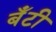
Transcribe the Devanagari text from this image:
बॅंटी